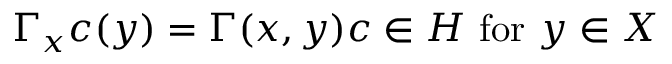
\Gamma _ { x } c ( y ) = \Gamma ( x , y ) c \in H { \mathrm { ~ f o r ~ } } y \in X